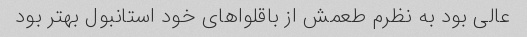
عالی بود به نظرم طعمش از باقلواهای خود استانبول بهتر بود